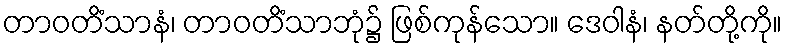
တာဝတိံသာနံ၊ တာဝတိံသာဘုံ၌ ဖြစ်ကုန်သော။ ဒေဝါနံ၊ နတ်တို့ကို။